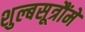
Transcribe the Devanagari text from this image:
शुल्बसूत्रौंमें